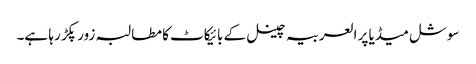
سوشل میڈیا پر العربیہ چینل کے بائیکاٹ کا مطالبہ زور پکڑ رہا ہے۔